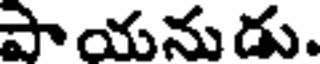
పాయనుడు.